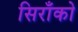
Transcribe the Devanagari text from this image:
सिराँको